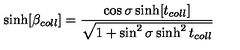
\sinh [ \beta _ { c o l l } ] = \frac { \cos \sigma \sinh [ t _ { c o l l } ] } { \sqrt { 1 + \sin ^ { 2 } \sigma \sinh ^ { 2 } t _ { c o l l } } }